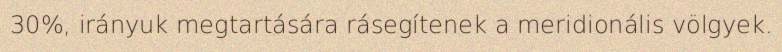
30%, irányuk megtartására rásegítenek a meridionális völgyek.